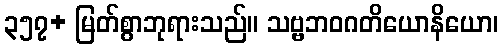
၃၅၇+ မြတ်စွာဘုရားသည်။ သဗ္ဗဘဝဂတိယောနိယော၊